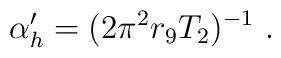
\alpha^\prime_h  = (2\pi^2  r_9 T_2)^{-1} \ .